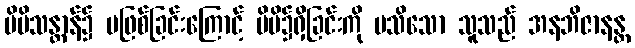
မိမိသန္တာန်၌ မဖြစ်ခြင်းကြောင့် မိမိ၌ရှိခြင်းကို မသိသော သူသည် အနဘိဇာနန္တ